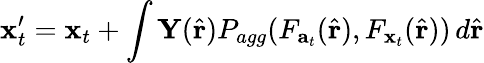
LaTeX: \mathbf{x}_{t}^{\prime}=\mathbf{x}_{t}+\int\mathbf{Y}(\hat{\mathbf{r}})P_{agg}(F_{\mathbf{a}_{t}}(\hat{\mathbf{r}}),F_{\mathbf{x}_{t}}(\hat{\mathbf{r}}))\, d\hat{\mathbf{r}}